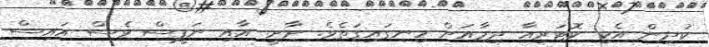
ކުދިން އެކި ކޮޓަރިއާ ދިމާއަށް ހިނގައިގަތެވެ. ށާށީ އާއި ނަފީސް ވެސް އައިސް